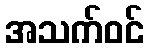
အသက်ဝင်